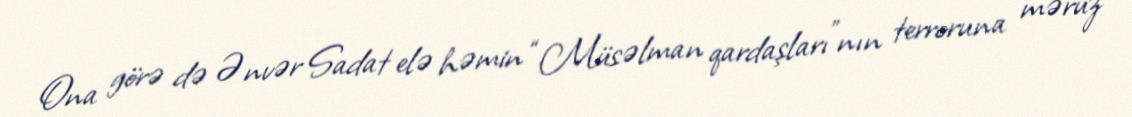
Ona görə də Ənvər Sadat elə həmin “Müsəlman qardaşları”nın terroruna məruz